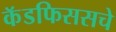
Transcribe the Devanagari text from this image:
कॅडफिससचे